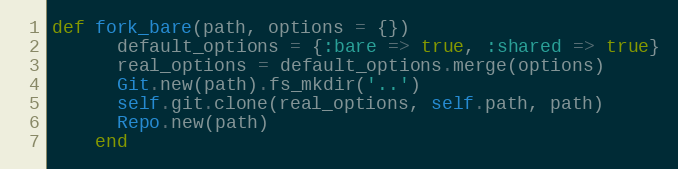
Language: Ruby
def fork_bare(path, options = {})
      default_options = {:bare => true, :shared => true}
      real_options = default_options.merge(options)
      Git.new(path).fs_mkdir('..')
      self.git.clone(real_options, self.path, path)
      Repo.new(path)
    end